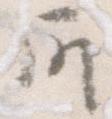
所